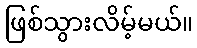
ဖြစ်သွားလိမ့်မယ်။